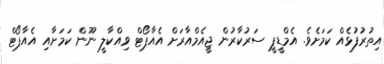
އިތުރުފުޅެއް ކަމަށެވެ. އެމްޑީޕީ ސަރުކާރުން ޖީއެމްއާރަށް އެއާޕޯޓް ވިއްކާލީ ނޫން ކަމަށާއި އެއާޕޯޓް